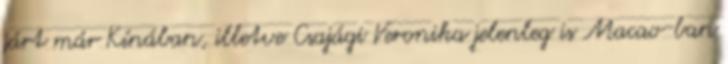
járt már Kínában, illetve Csajági Veronika jelenleg is Macao-ban